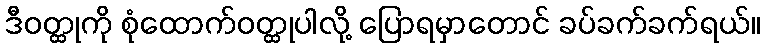
ဒီဝတ္ထုကို စုံထောက်ဝတ္ထုပါလို့ ပြောရမှာတောင် ခပ်ခက်ခက်ရယ်။